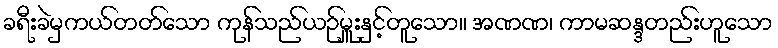
ခရီးခဲမှကယ်တတ်သော ကုန်သည်ယဉ်မှူးနှင့်တူသော။ အဏဏ၊ ကာမဆန္ဒတည်းဟူသော